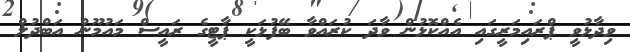
ވިދާޅުވީ ޕްރައިމަރީގައި އެއްކޮޅުން ވާދަ ކުރައްވާ ބޭފުޅަކީ ޕާޓީގެ ރައީސް މައުމޫން އަބްދުލް